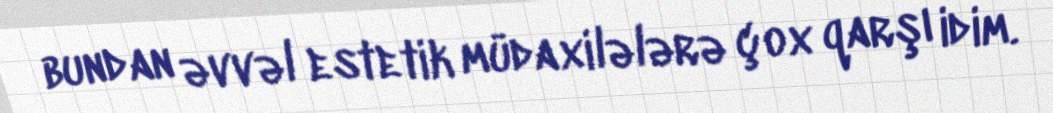
bundan əvvəl estetik müdaxilələrə çox qarşı idim.